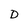
Character: D